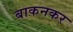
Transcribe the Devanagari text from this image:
बाकनकर